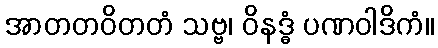
အာတတဝိတတံ သဗ္ဗ၊ ဝိနဒ္ဓံ ပဏဝါဒိကံ။